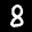
Label: 8